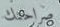
صراحتك